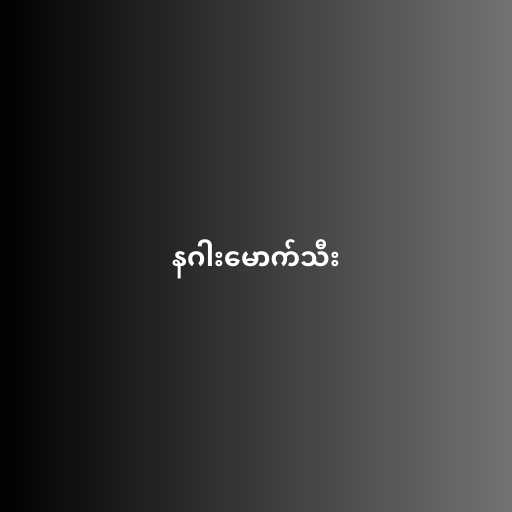
နဂါးမောက်သီး